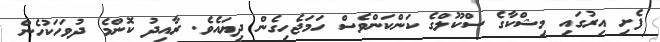
ފެށި އިރުގައި މިޝްކާގެ ސްކޫލްގެ ކަންކަންވެސް ހަމަޖެހިގެން ދިޔައެވެ. ރާއިދު ކޮންމެ ދުވަހަކުހެން